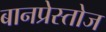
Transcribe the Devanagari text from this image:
बानप्रेस्तोज